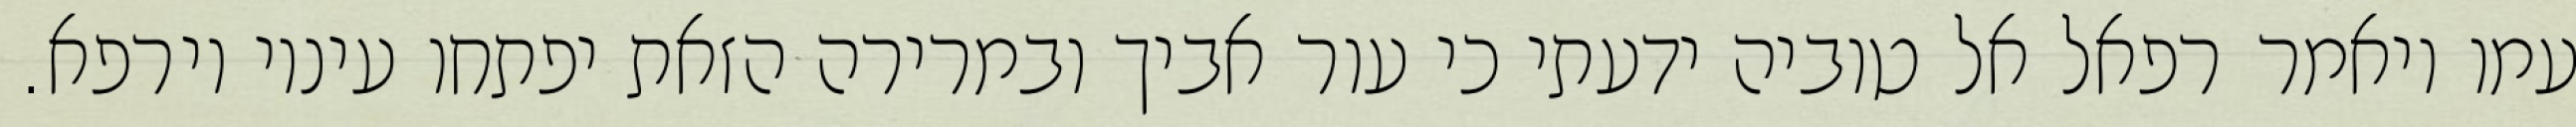
עמו ויאמר רפאל אל טוביה ידעתי כי עור אביך ובמרירה הזאת יפתחו עיניו וירפא.